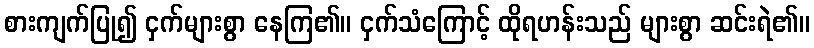
စားကျက်ပြု၍ ငှက်များစွာ နေကြ၏။ ငှက်သံကြောင့် ထိုရဟန်းသည် များစွာ ဆင်းရဲ၏။